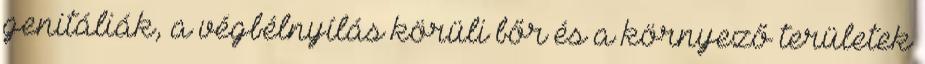
genitáliák, a végbélnyílás körüli bőr és a környező területek